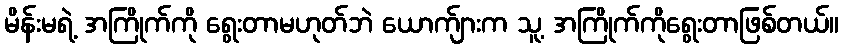
မိန်းမရဲ့ အကြိုက်ကို ရွေးတာမဟုတ်ဘဲ ယောက်ျားက သူ့ အကြိုက်ကိုရွေးတာဖြစ်တယ်။